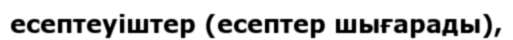
есептеуіштер (есептер шығарады),